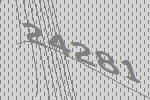
24281